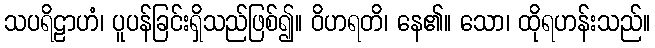
သပရိဠာဟံ၊ ပူပန်ခြင်းရှိသည်ဖြစ်၍။ ဝိဟရတိ၊ နေ၏။ သော၊ ထိုရဟန်းသည်။